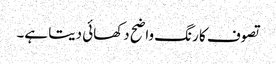
تصوف کا رنگ واضح دکھائی دیتا ہے۔